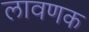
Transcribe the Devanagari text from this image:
लावणक